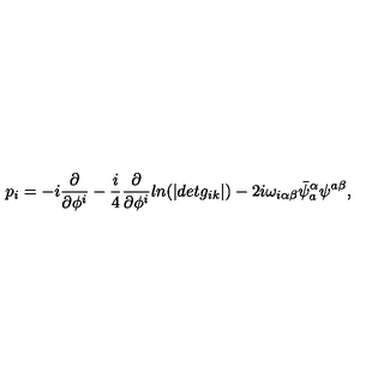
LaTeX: p _ { i } = - i \frac { \partial } { \partial \phi ^ { i } } - \frac { i } { 4 } \frac { \partial } { \partial \phi ^ { i } } l n ( | d e t g _ { i k } | ) - 2 i \omega _ { i \alpha \beta } \bar { \psi } _ { a } ^ { \alpha } \psi ^ { a \beta } ,